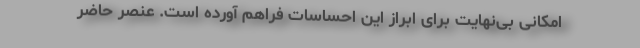
امکانی بی‌نهایت برای ابراز این احساسات فراهم آورده است. عنصر حاضر